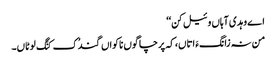
اے وہدی آہاں وئیل کن‘‘
من نہ زانگءَ اتاں، کہ پرچا گوں ناکواں گندُک کنَگ لوٹاں۔